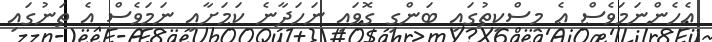
އެހެންނަމަވެސް އެ މިސްކިތުގައި ބަންގި ގޮވައި ނަހަދާނެ ކަމަށާއި ނަމަވެސް އެ ތަނުގައި